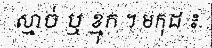
ស្មាច់ ឬ ខ្មុក ។ មកុដ ៖